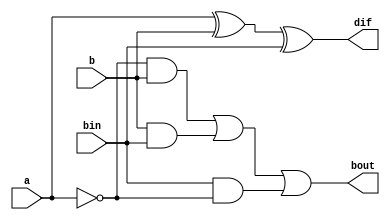
`timescale 1ns / 1ps

module full_sub(dif,bout,a,b,bin);
	output dif,bout;
	input a,b,bin;

	assign dif = a ^ b ^ bin;
	assign bout = ((~a) & b) | (b & bin) | (bin & (~a));


endmodule